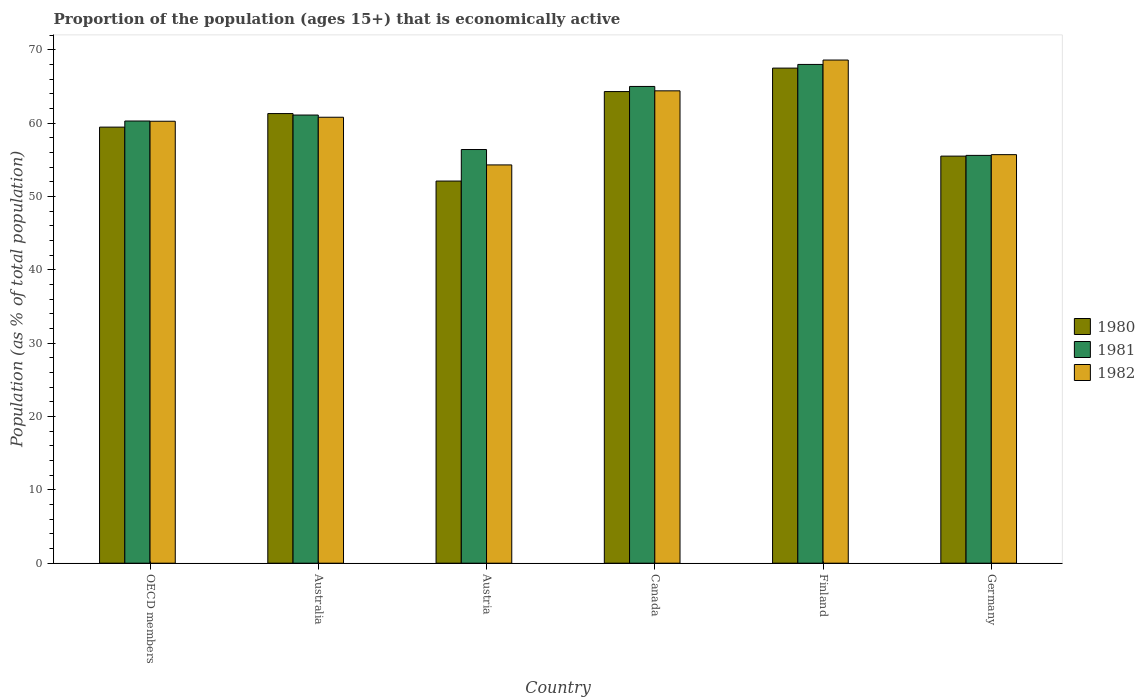
| Country | 1980 | 1981 | 1982 |
 | --- | --- | --- | --- |
 | OECD members | 59.5 | 60.3 | 60.3 |
 | Australia | 61.3 | 61.1 | 60.8 |
 | Austria | 52.1 | 56.4 | 54.3 |
 | Canada | 64.3 | 65 | 64.4 |
 | Finland | 67.5 | 68 | 68.6 |
 | Germany | 55.5 | 55.6 | 55.7 |